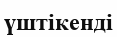
үштікенді